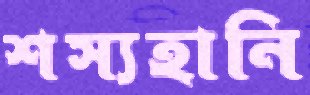
শস্যহানি